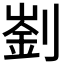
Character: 𠟁